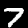
Label: 7